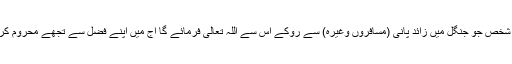
تیسرا وہ شخص جو جنگل میں زائد پانی (مسافروں وغیرہ) سے روکے اس سے اللہ تعالیٰ فرمائے گا آج میں اپنے فضل سے تجھے محروم کر دوں گا۔